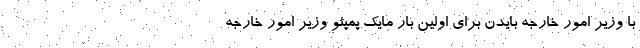
با وزیر امور خارجه بایدن برای اولین بار مایک پمپئو وزیر امور خارجه